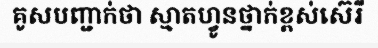
គូសបញ្ជាក់ថា ស្មាតហ្វូនថ្នាក់ខ្ពស់ស៊េរី